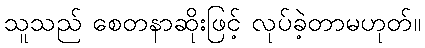
သူသည် စေတနာဆိုးဖြင့် လုပ်ခဲ့တာမဟုတ်။